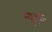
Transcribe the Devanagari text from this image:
म्युइक